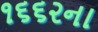
૧૬૬૨ના